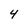
Character: 4